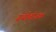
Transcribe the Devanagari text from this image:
ग्रंथोत्तोजक